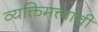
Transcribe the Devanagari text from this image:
व्यक्तिमत्त्वांची